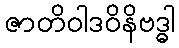
ဇာတိဝါဒဝိနိဗဒ္ဓါ